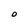
Character: 0